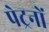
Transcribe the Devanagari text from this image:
पेट्रनों